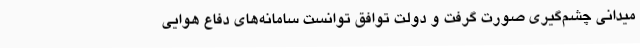
میدانی چشم‌گیری صورت گرفت و دولت توافق توانست سامانه‌های دفاع هوایی